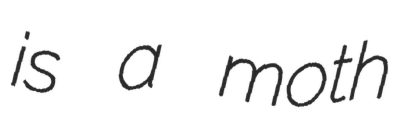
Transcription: is a moth